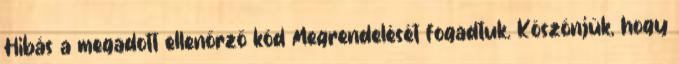
Hibás a megadott ellenőrző kód Megrendelését fogadtuk. Köszönjük, hogy